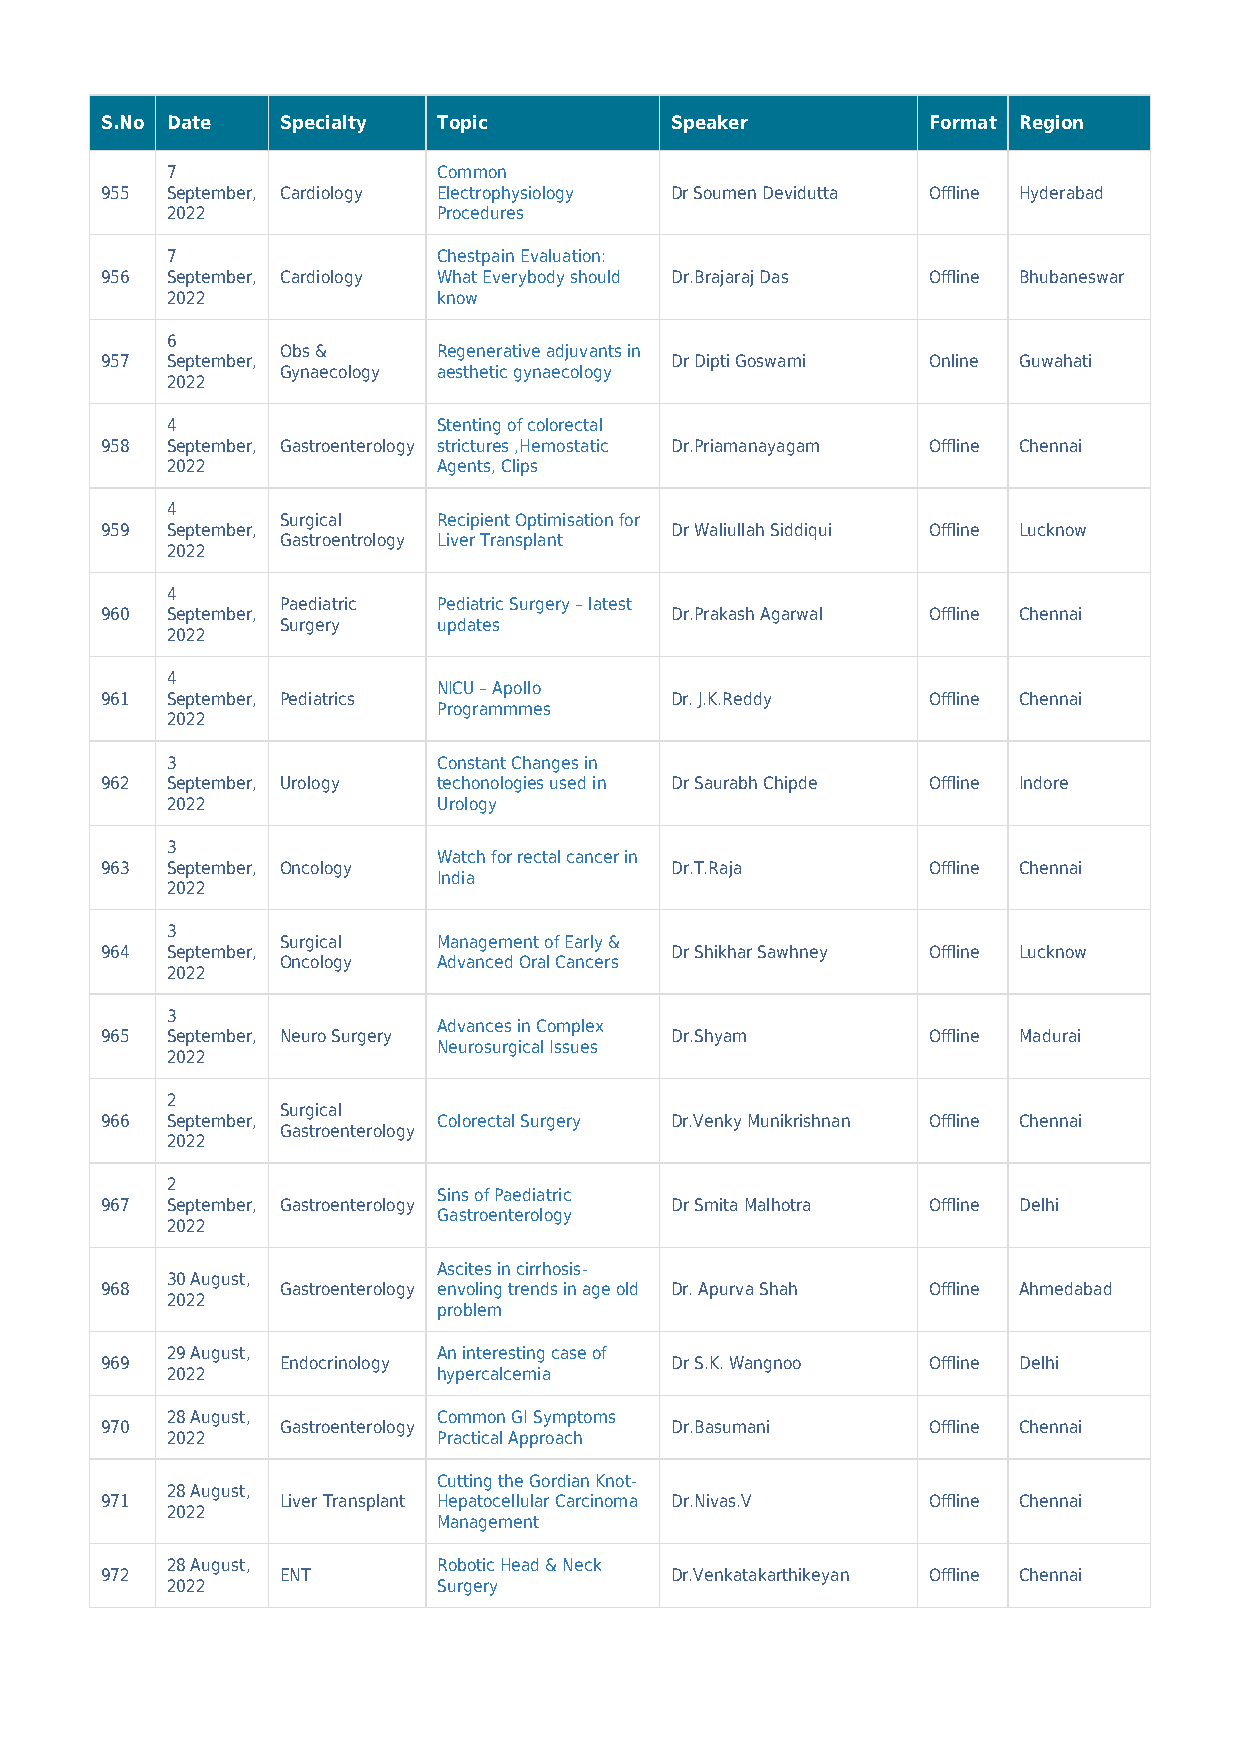
S.No Date   Specialty Topic          Speaker          Format Region
 7                 Common
 955 September, Cardiology Electrophysiology Dr Soumen Devidutta Offline Hyderabad
 2022              Procedures
 7                 Chestpain Evaluation:
 956 September, Cardiology What Everybody should Dr.Brajaraj Das Offline Bhubaneswar
 2022              know
 6
 Obs &     Regenerative adjuvants in
 957 September,                       Dr Dipti Goswami Online Guwahati
 Gynaecology aesthetic gynaecology
 2022
 4                 Stenting of colorectal
 958 September, Gastroenterology strictures ,Hemostatic Dr.Priamanayagam Offline Chennai
 2022              Agents, Clips
 4
 Surgical  Recipient Optimisation for
 959 September,                       Dr Waliullah Siddiqui Offline Lucknow
 Gastroentrology Liver Transplant
 2022
 4
 Paediatric Pediatric Surgery – latest
 960 September,                       Dr.Prakash Agarwal Offline Chennai
 Surgery   updates
 2022
 4
 NICU – Apollo
 961 September, Pediatrics            Dr. J.K.Reddy    Offline Chennai
 Programmmes
 2022
 3                 Constant Changes in
 962 September, Urology techonologies used in Dr Saurabh Chipde Offline Indore
 2022              Urology
 3
 Watch for rectal cancer in
 963 September, Oncology              Dr.T.Raja        Offline Chennai
 India
 2022
 3
 Surgical  Management of Early &
 964 September,                       Dr Shikhar Sawhney Offline Lucknow
 Oncology  Advanced Oral Cancers
 2022
 3
 Advances in Complex
 965 September, Neuro Surgery         Dr.Shyam         Offline Madurai
 Neurosurgical Issues
 2022
 2
 Surgical
 966 September,        Colorectal Surgery Dr.Venky Munikrishnan Offline Chennai
 Gastroenterology
 2022
 2
 Sins of Paediatric
 967 September, Gastroenterology      Dr Smita Malhotra Offline Delhi
 Gastroenterology
 2022
 Ascites in cirrhosis-
 30 August,
 968         Gastroenterology envoling trends in age old Dr. Apurva Shah Offline Ahmedabad
 2022
 problem
 29 August,        An interesting case of
 969         Endocrinology            Dr S.K. Wangnoo  Offline Delhi
 2022              hypercalcemia
 28 August,        Common GI Symptoms
 970         Gastroenterology         Dr.Basumani      Offline Chennai
 2022              Practical Approach
 Cutting the Gordian Knot-
 28 August,
 971         Liver Transplant Hepatocellular Carcinoma Dr.Nivas.V Offline Chennai
 2022
 Management
 28 August,        Robotic Head & Neck
 972         ENT                      Dr.Venkatakarthikeyan Offline Chennai
 2022              Surgery